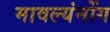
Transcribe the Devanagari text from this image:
मावल्यंनोंग